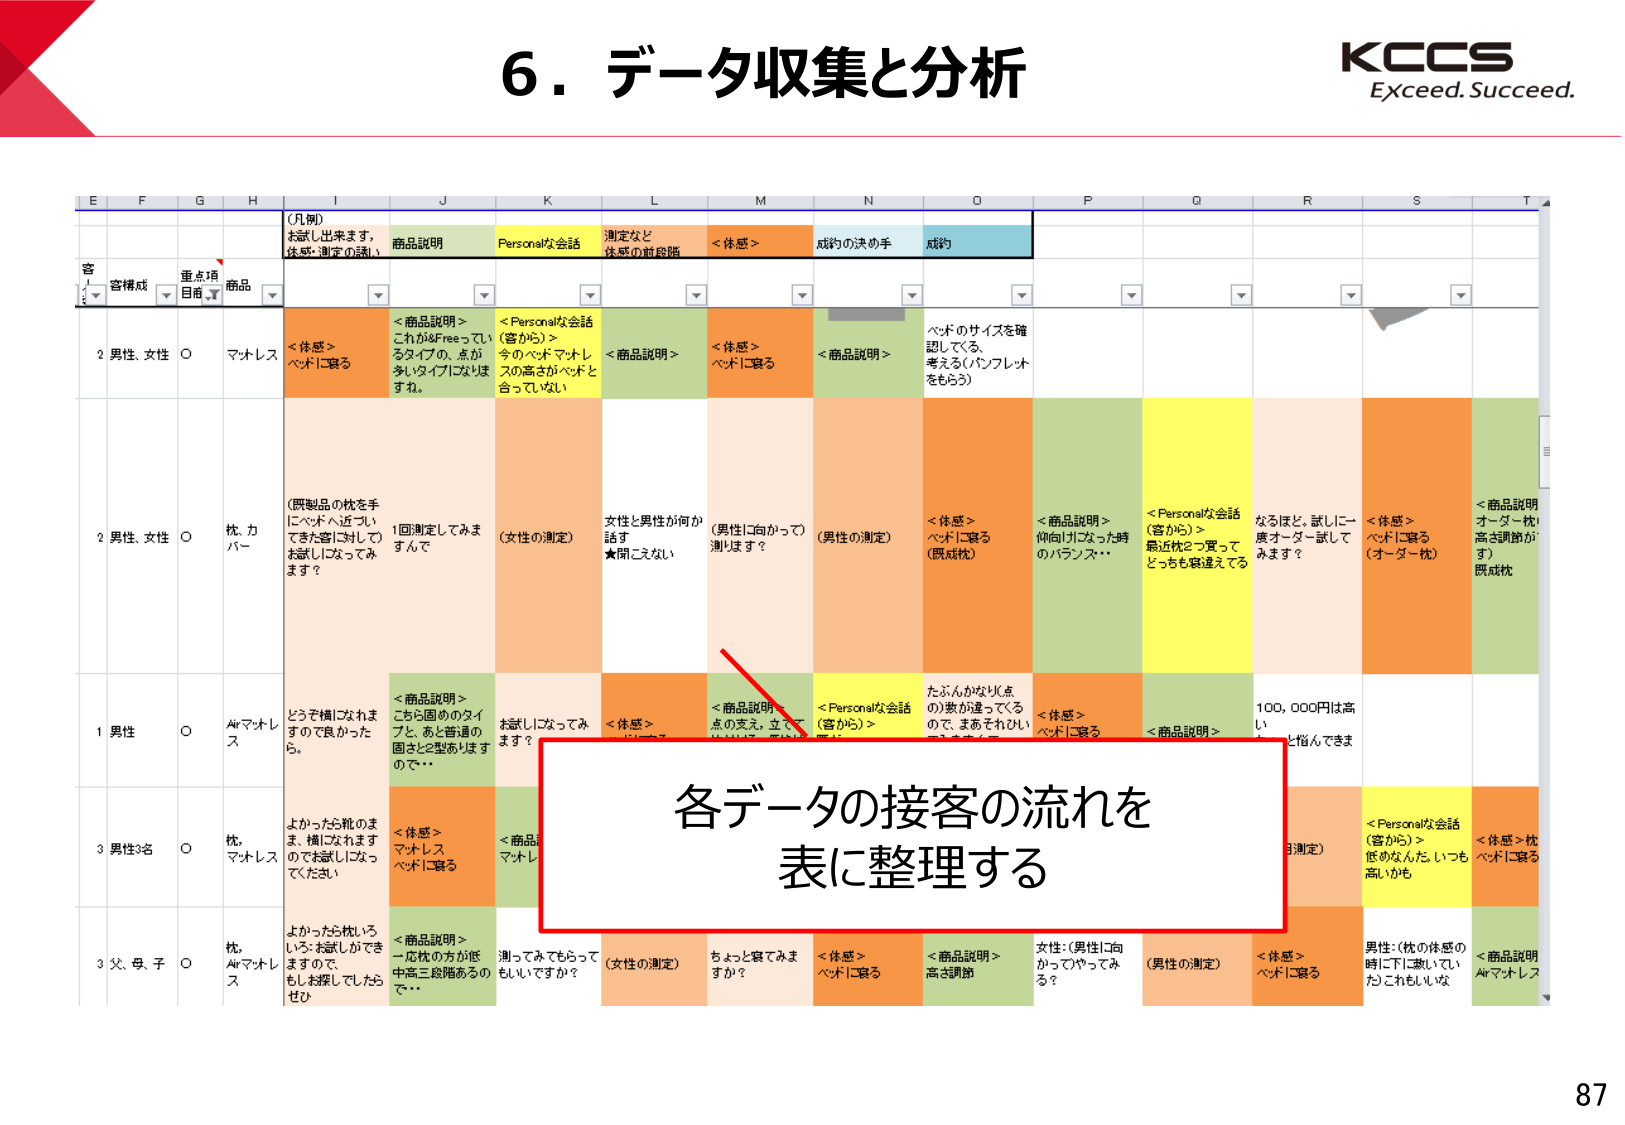
6．データ収集と分析
KCCS
Exceed. Succeed.

E F G H I J K L M N O P Q R S T
（凡例）
お試し出来ます，
体感・測定の誘い
商品説明
Personalな会話
測定など
体感の前段階
＜体感＞
成約の決め手
成約

客
構成
重点項
目商
商品

2 男性、女性 ○ マットレス
＜体感＞
ベッドに寝る
＜商品説明＞
これが&Freeってい
るタイプの、点が
多いタイプじゃなしま
すね。
＜Personalな会話
（客から）＞
今のベッドマットレ
スの高さがベッドと
合ってないし
＜商品説明＞
女性と男性が何が
話す
★聞こえない
＜体感＞
ベッドに寝る
（男性に向かって）
測ります？
＜商品説明＞
ベッドのサイズを確
認してる、
考える（パンフレット
をもらう）

2 男性、女性 ○ 枕、カバー
（既製品の枕を手
にベッドへ近づい
てきた客に対して）
お試しになってみ
ます？
1回測定してみま
すんで
（女性の測定）
＜体感＞
ベッドに寝る
（既成枕）
＜商品説明＞
仰向けになった時
のバランス…
＜Personalな会話
（客から）＞
最近枕2つ買って
どっちも寝違えてる
なるほど、試しに一
度オーダー試して
みます？
＜体感＞
ベッドに寝る
（オーダー枕）
＜商品説明
オーダー枕
高さ調節が
す）
既成枕

1 男性 ○ Airマットレス
どうぞ横になられま
すので良かったら。
＜商品説明＞
こちら固めのタイ
プと、あと普通の
固さと2型あります
ので…
お試しになってみ
ます？
＜体感＞
ベッドに寝る
＜商品説明＞
点の支え、立てて
＜Personalな会話
（客から）＞
たぶんかなり点
の数が違ってくる
ので、まあそれいい
＜体感＞
ベッドに寝る
＜商品説明＞
100,000円は高
い
と悩んできま

3 男性2名 ○ 枕、マットレス
よかったら枕のま
ま、横になれます
のでお試しになっ
てください
＜体感＞
マットレス
ベッドに寝る
＜商品説明＞
マットレ

3 父、母、子 ○ 枕、Airマットレス
よかったら枕いろ
いろ、お試しができ
ますので、
もしお探でしたら
ぜひ
＜商品説明＞
一応枕の方が低
中高三段階あるの
で…
測ってみてもらって
もいいですか？
（女性の測定）
ちょっと寝てみま
すか？
＜体感＞
ベッドに寝る
＜商品説明＞
高さ調節
女性：（男性に向
かって）やってみ
る？
（男性の測定）
＜体感＞
ベッドに寝る
男性：（枕の体感の
時に下に敷いてい
た）これもしな
＜商品説明
Airマットレス

各データの接客の流れを
表に整理する

87